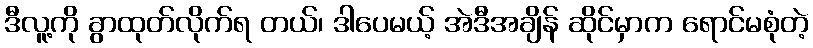
ဒီလူ့ကို ခွာထုတ်လိုက်ရ တယ်၊ ဒါပေမယ့် အဲဒီအချိန် ဆိုင်မှာက ရောင်မစုံတဲ့